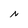
Character: N